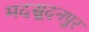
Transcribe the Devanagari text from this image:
मदसूदनपुर